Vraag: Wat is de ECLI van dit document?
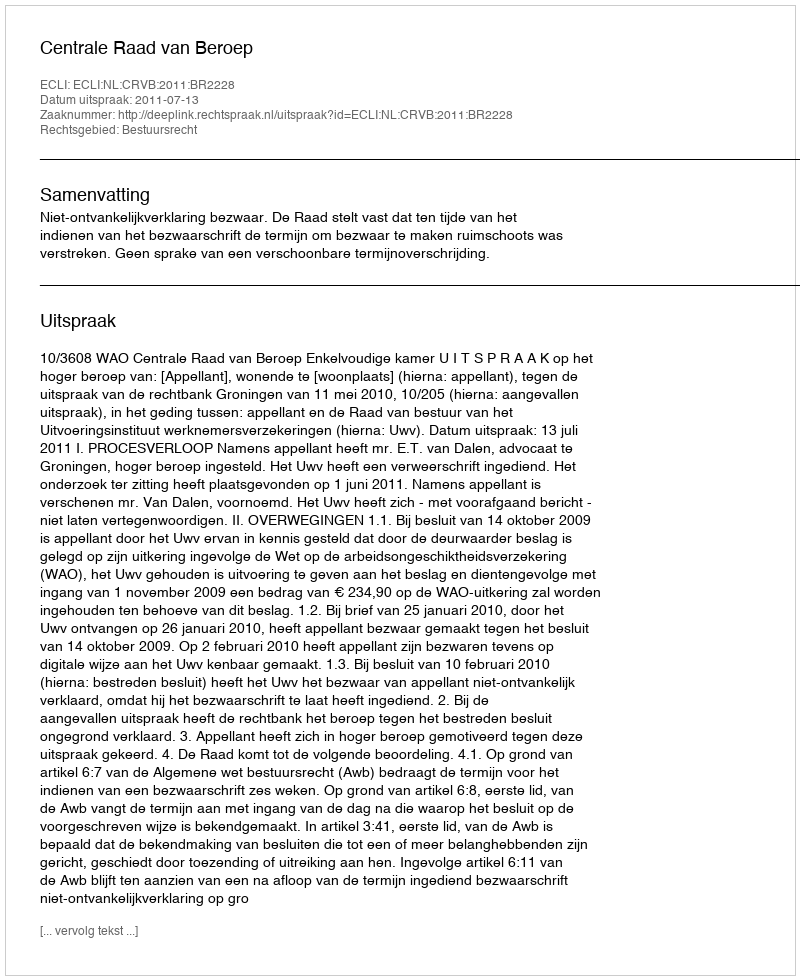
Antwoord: ECLI:NL:CRVB:2011:BR2228